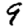
Digit: 9